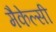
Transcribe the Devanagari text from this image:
मैकेल्सी